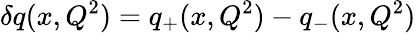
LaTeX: \delta q(x,Q^{2})=q_{+}(x,Q^{2})-q_{-}(x,Q^{2})